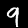
Label: 9